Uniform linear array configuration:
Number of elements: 24
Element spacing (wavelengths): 0.5
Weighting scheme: blackman
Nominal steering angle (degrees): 45
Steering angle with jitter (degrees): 43.297
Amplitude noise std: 0.05
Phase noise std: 0.05

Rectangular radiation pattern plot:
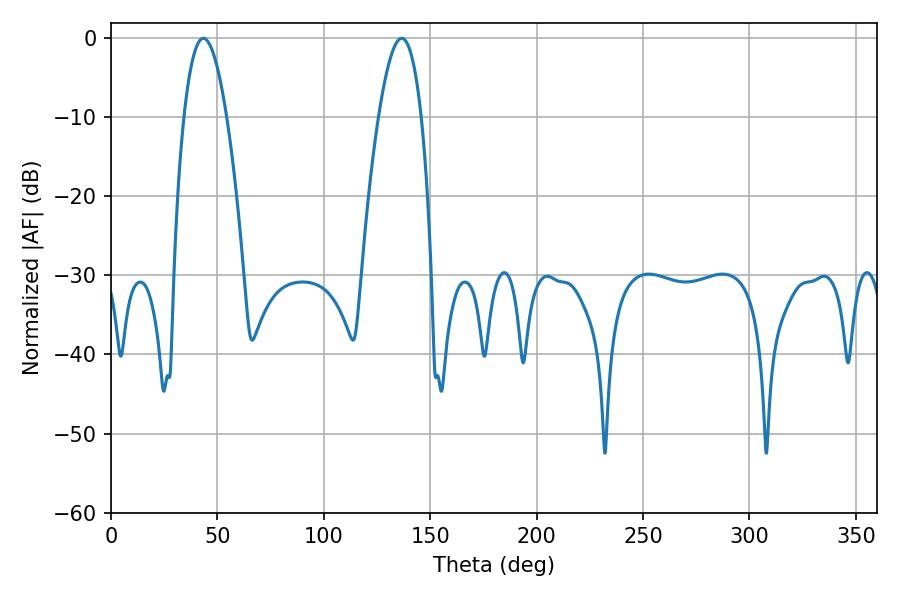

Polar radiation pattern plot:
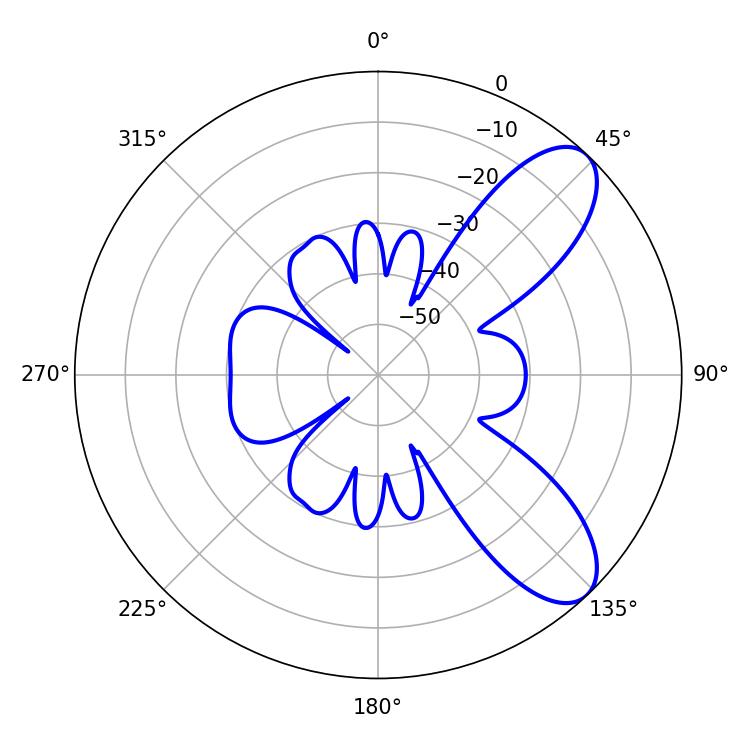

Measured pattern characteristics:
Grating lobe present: FALSE
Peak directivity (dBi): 8.461
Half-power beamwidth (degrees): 10.98
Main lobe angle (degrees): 43.38